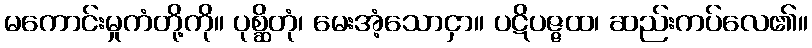
မကောင်းမှုကံတို့ကို။ ပုစ္ဆိတုံ၊ မေးအံ့သောငှာ။ ပဋိပဇ္ဇထ၊ ဆည်းကပ်လေ၏။